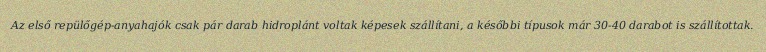
Az első repülőgép-anyahajók csak pár darab hidroplánt voltak képesek szállítani, a későbbi típusok már 30-40 darabot is szállítottak.